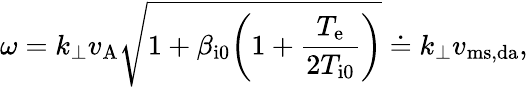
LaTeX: \omega=k_{\perp}v_{\mathrm{A}}\sqrt{1+\beta_{\mathrm{i0}}\biggl(1+\frac{T_{\mathrm{e}}}{2T_{\mathrm{i0}}}\biggr)}\doteq k_{\perp}v_{\mathrm{ms,da}},